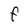
Character: f